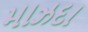
માઝદા